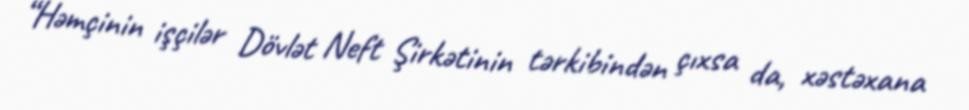
“Həmçinin işçilər Dövlət Neft Şirkətinin tərkibindən çıxsa da, xəstəxana